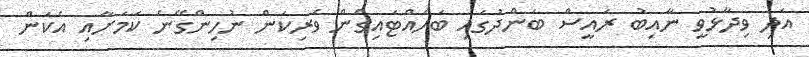
އަދި ވިދާޅުވީ ނާއިބު ރައީސް ބަންދުގައި ބަހައްޓައިގެން ވެރިކަން ނުހިންގޭނެ ކަމަށާއި އެކަން